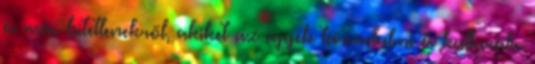
és más hitetlenekről, akiket az egyéb társadalmi és kulturális